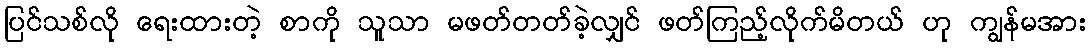
ပြင်သစ်လို ရေးထားတဲ့ စာကို သူသာ မဖတ်တတ်ခဲ့လျှင် ဖတ်ကြည့်လိုက်မိတယ် ဟု ကျွန်မအား